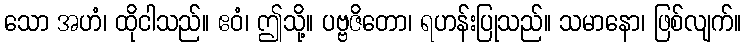
သော အဟံ၊ ထိုငါသည်။ ဧဝံ၊ ဤသို့။ ပဗ္ဗဇိတော၊ ရဟန်းပြုသည်။ သမာနော၊ ဖြစ်လျက်။